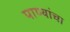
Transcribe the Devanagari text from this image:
पाण्यांचा